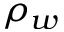
\rho _ { w }